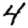
Digit: 4